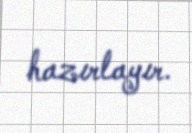
hazırlayır.